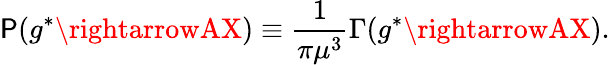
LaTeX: \mathsf{P}(g^{*}\rightarrowAX)\equiv\frac{{1}}{{\pi\mu^{3}}}\Gamma(g^{*}\rightarrowAX).